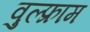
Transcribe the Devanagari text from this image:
वुल्फ्राम